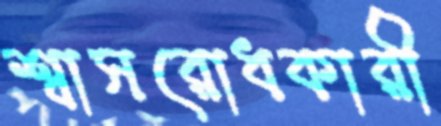
শ্বাসরোধকারী